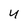
Character: 4